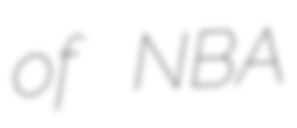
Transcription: of NBA